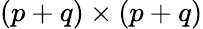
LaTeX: (p+q)\times(p+q)